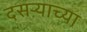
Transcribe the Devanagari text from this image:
दसऱ्‍याच्या